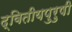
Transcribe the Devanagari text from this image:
द्वितीयपुरुषी